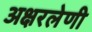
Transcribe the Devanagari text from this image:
अक्षरलेणी